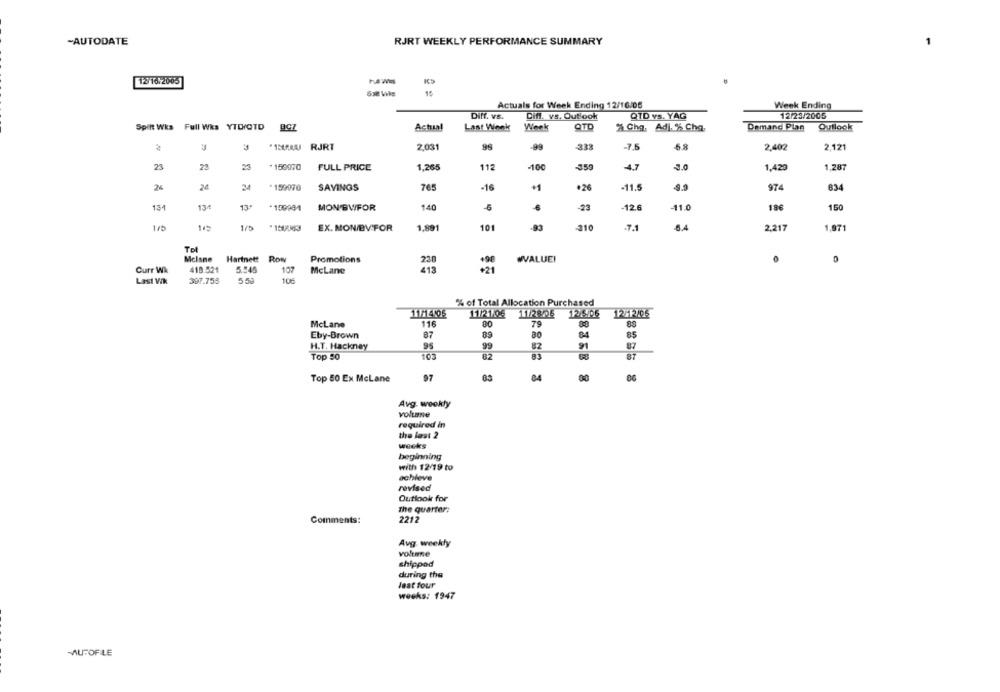
-AUTODATE
RJRT WEEKLY PERFORMANCE SUMMARY
12/16/2005
ha Wis
15
Actuals for Week Ending 12/16/05
Week Ending
Diff. vs.
Difl. vs. Outlook
QTD vs. YAĞ
12/23/2005
QTD
Spilt Wka Full Wks YTLHOTD BCZ
Actual
Last Week
Week
Cha. Adi. % Cha
Demand Plan
Outlook
-99
"INEAU RJRT
2,031
33
-7.5
6.8
2,402
2,121
23
22
23
1,265
-100
-359
4.7
3.0
1,287
* 150070 FULL PRICE
112
1,420
24
24
*159970
SAVINGS
765
-16
.26
-11.5
974
834
13/
13.
*109984
MON BWFOR
140
€
-23
-12.6
-11.0
18
150
1/5
EX. MON/BVFOR
1.891
101
-310
6.4
2,217
1.971
To
Mclane
Hartnett Row
Promotions
238
WVALUE!
Curr Wk
418.521
107
McLane
413
+21
Last Wik
397.755
10
% of Total Allocation Purchased
11121.06
$112806
12/506
12-2/06
McLane
116
80
79
80
Eby-Brown
87
64
85
H.T. Hackney
95
99
82
91
87
Top 50
10
82
83
81
Top 50 Ex McLane
97
84
00
Avg. weekly
volume
required in
the last 2
weeks
beginning
with 12/19 to
achieve
revised
Outlook for
The quarter:
2212
Comments:
Avg. weekly
volume
shippod
during the
leat four
weeks: 1947
MUTOFILE